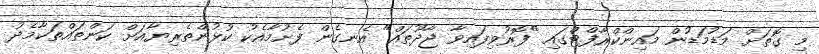
މި ގޮތަށް މަޑުމަޑުން މައިންކްރާފްޓްގައި "ފޮރުވިފައިވާ ޖާދޫތައް" އެނގެން ފެށުމާއެކު ކުޅުންތެރިޔާއަށް ކަންތައްތަކާމެދު